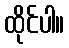
ထိုင်ပါ။